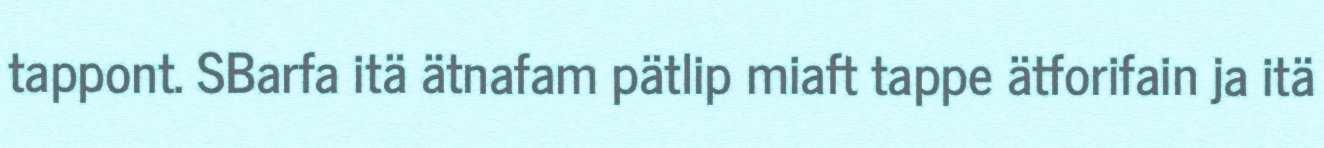
tappont. SBarfa itä ätnafam pätlip miaft tappe ätforifain ja itä